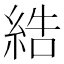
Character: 𦀽